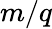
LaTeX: m/q